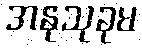
အနုသုခုမ